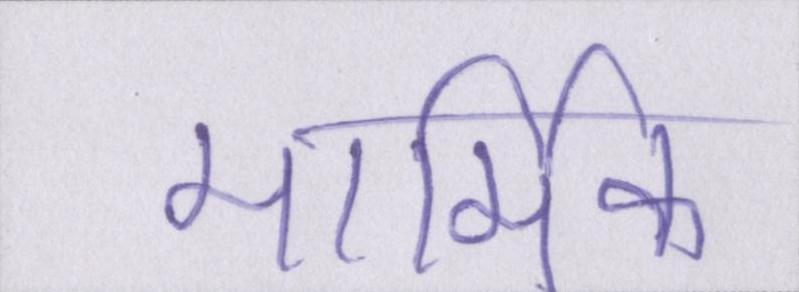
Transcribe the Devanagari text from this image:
मार्मिक